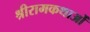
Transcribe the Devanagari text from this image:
श्रीरामकथाओं